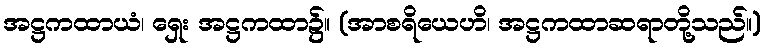
အဋ္ဌကထာယံ၊ ရှေး အဋ္ဌကထာ၌။ (အာစရိယေဟိ၊ အဋ္ဌကထာဆရာတို့သည်။)